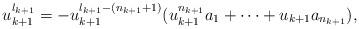
LaTeX: \begin{align*} u_{k+1}^{l_{k+1}}=-u_{k+1}^{l_{k+1}-(n_{k+1}+1)}(u_{k+1}^{n_{k+1}}a_1+\cdots+u_{k+1}a_{n_{k+1}}), \end{align*}